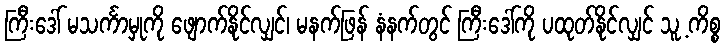
ကြီးဒေါ် မသင်္ကာမှုကို ဖျောက်နိုင်လျှင်၊ မနက်ဖြန် နံနက်တွင် ကြီးဒေါ်ကို ပထုတ်နိုင်လျှင် သူ့ ကိစ္စ